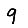
Digit: 9